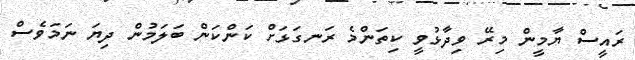
ރައީސް ޔާމީން މިރޭ ވިދާޅުވީ ކިތަންމެ ރަނގަޅަށް ކަންކަން ބަލަމުން ދިޔަ ނަމަވެސް